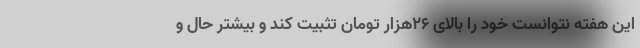
این هفته نتوانست خود را بالای ۲۶هزار تومان تثبیت کند و بیشتر حال و